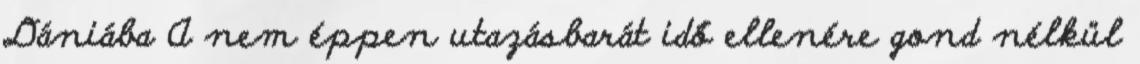
Dániába A nem éppen utazásbarát idő ellenére gond nélkül